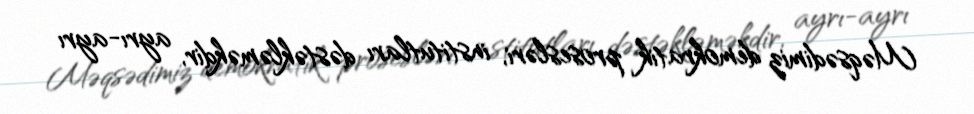
Məqsədimiz demokratik prosesləri, institutları dəstəkləməkdir, ayrı-ayrı